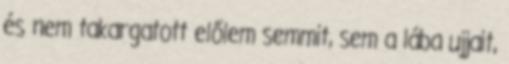
és nem takargatott előlem semmit, sem a lába ujjait,